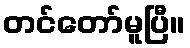
တင်တော်မူပြီ။